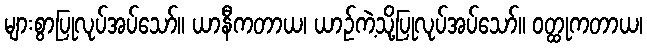
များစွာပြုလုပ်အပ်သော်။ ယာနီကတာယ၊ ယာဉ်ကဲ့သို့ပြုလုပ်အပ်သော်။ ဝတ္ထုကတာယ၊